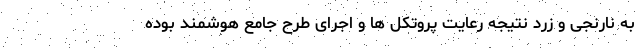
به نارنجی و زرد نتیجه رعایت پروتکل ها و اجرای طرح جامع هوشمند بوده